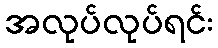
အလုပ်လုပ်ရင်း